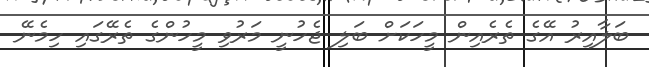
ބަލާއިރު އޭގެ ތެރެއިން މީހަކަށް ބަލި ޖެހުނީ މަރުވި މީހުންގެ ތެރޭގައި ހިމެނޭ